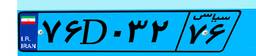
۳۴D۲۰۹۴۴